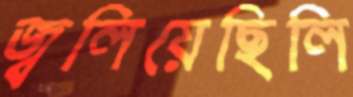
জ্বলিয়েছিলি